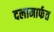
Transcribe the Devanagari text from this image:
दलामार्फत